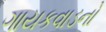
ગાયકવાડનો